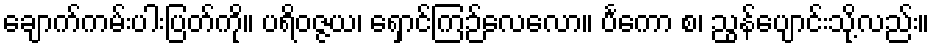
ချောက်ကမ်းပါးပြတ်ကို။ ပရိဝဇ္ဇယ၊ ရှောင်ကြဉ်လေလော။ ပင်္ကော စ၊ ညွန်ပျောင်းသို့လည်း။